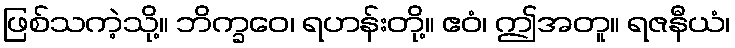
ဖြစ်သကဲ့သို့။ ဘိက္ခဝေ၊ ရဟန်းတို့။ ဧဝံ၊ ဤအတူ။ ရဇနီယံ၊